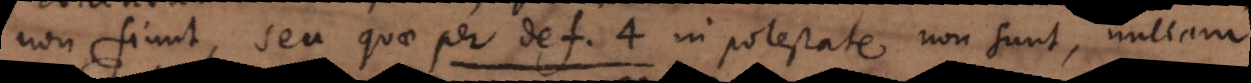
non fiunt, seu quae per defin. 3. in potestate non sunt, nullam